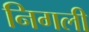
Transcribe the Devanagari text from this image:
निगली